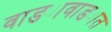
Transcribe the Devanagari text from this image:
वाड्यावाड्यात